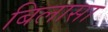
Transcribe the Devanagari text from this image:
बिलासा